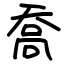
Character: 喬